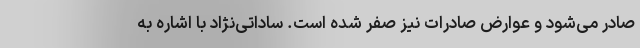
صادر می‌شود و عوارض صادرات نیز صفر شده است. ساداتی‌نژاد با اشاره به